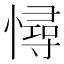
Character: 憳